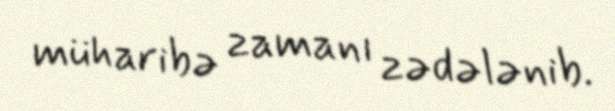
müharibə zamanı zədələnib.